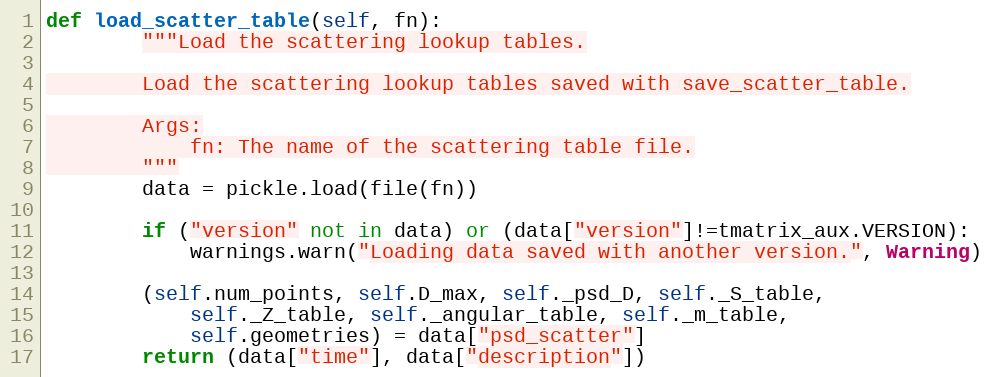
Language: Python
def load_scatter_table(self, fn):
        """Load the scattering lookup tables.

        Load the scattering lookup tables saved with save_scatter_table.

        Args:
            fn: The name of the scattering table file.
        """
        data = pickle.load(file(fn))

        if ("version" not in data) or (data["version"]!=tmatrix_aux.VERSION):
            warnings.warn("Loading data saved with another version.", Warning)

        (self.num_points, self.D_max, self._psd_D, self._S_table,
            self._Z_table, self._angular_table, self._m_table,
            self.geometries) = data["psd_scatter"]
        return (data["time"], data["description"])